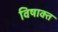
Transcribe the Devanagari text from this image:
विषाक्त